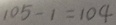
1 0 5 - 1 = 1 0 4